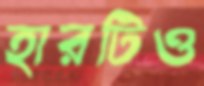
হারটিও